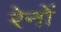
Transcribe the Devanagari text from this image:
रेनों